Proceedings of the meeting of veterinary officers in India
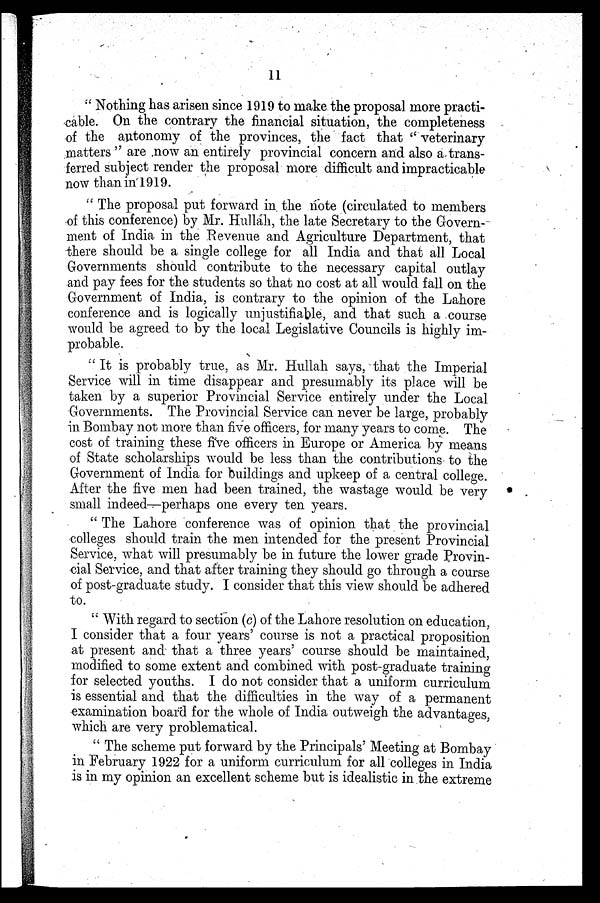
11
"Nothing has arisen since 1919 to make the proposal more practi-
cable. On the contrary the financial situation, the completeness
of the autonomy of the provinces, the fact that "veterinary
matters" are now an entirely provincial concern and also a trans-
ferred subject render the proposal more difficult and impracticable
now than in 1919.
"The proposal put forward in, the note (circulated to members
of this conference) by Mr. Hullah, the late Secretary to the Govern-
ment of India in the Revenue and Agriculture Department, that
there should be a single college for all India and that all Local
Governments should contribute to the necessary capital outlay
and pay fees for the students so that no cost at all would fall on the
Government of India, is contrary to the opinion of the Lahore
conference and is logically unjustifiable, and that such a course
would be agreed to by the local Legislative Councils is highly im-
probable.
"It is probably true, as Mr. Hullah says, that the Imperial
Service will in time disappear and presumably its place will be
taken by a superior Provincial Service entirely under the Local
Governments. The Provincial Service can never be large, probably
in Bombay not more than five officers, for many years to come. The
cost of training these five officers in Europe or America by means
of State scholarships would be less than the contributions to the
Government of India for buildings and upkeep of a central college.
After the five men had been trained, the wastage would be very
small indeed—perhaps one every ten years.
"The Lahore conference was of opinion that the provincial
colleges should train the men intended for the present Provincial
Service, what will presumably be in future the lower grade Provin-
cial Service, and that after training they should go through a course
of post-graduate study. I consider that this view should be adhered
to.
"With regard to section (c) of the Lahore resolution on education,
I consider that a four years' course is not a practical proposition
at present and that a three years' course should be maintained,
modified to some extent and combined with post-graduate training
for selected youths. I do not consider that a uniform curriculum
is essential and that the difficulties in the way of a permanent
examination board for the whole of India outweigh the advantages,
which are very problematical.
"The scheme put forward by the Principals' Meeting at Bombay
in February 1922 for a uniform curriculum for all colleges in India
is in my opinion an excellent scheme but is idealistic in the extreme